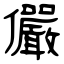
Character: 儼